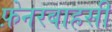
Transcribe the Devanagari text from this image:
फ़ेनरबाहसी